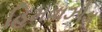
હિમવાઝોડા